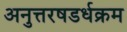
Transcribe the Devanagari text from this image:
अनुत्तरषडर्धक्रम